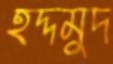
হদ্দমুদ